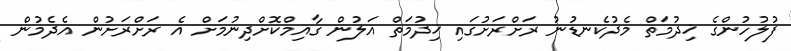
ފުލުހުންގެ ޚިދުމަތް މެދުކެނޑުނު ރަށްރަށުގައި ޚިދުމަތް އަލުން ގާއިމްކޮށްދިނުމަށް އެ ރަށްރަށުން އެދެމުން